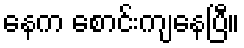
နေက စောင်းကျနေပြီ။